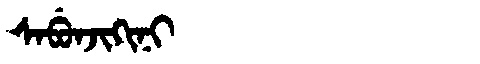
Manchu: ᠰᠠᠪᡠᠨᠵᡳᡴᡳᠨᡳ
Romanization: SABUNJIKINI